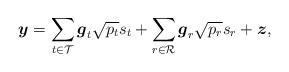
LaTeX: \begin{align*}\boldsymbol{y}=\sum_{t \in \mathcal{T}} \boldsymbol{g}_{t} \sqrt{p_{t}} s_{t}+\sum_{r \in \mathcal{R}} \boldsymbol{g}_{r} \sqrt{p_{r}} s_{r}+\boldsymbol{z},\end{align*}